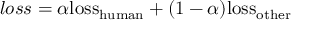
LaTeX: l o s s = \alpha { \mathrm { l o s s } } _ { \mathrm { h u m a n } } + ( 1 - \alpha ) { \mathrm { l o s s } } _ { \mathrm { o t h e r } }